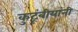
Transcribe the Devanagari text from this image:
कुटूंबीयांनी